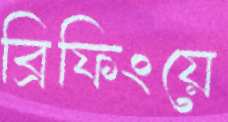
ব্রিফিংয়ে